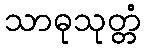
သာဓုသုတ္တံ